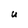
Character: U